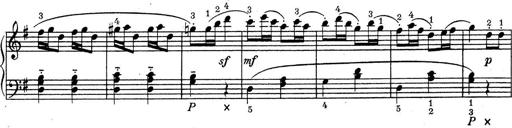
Title: ÄŒeskÃ© Sonatiny
Composer: Various